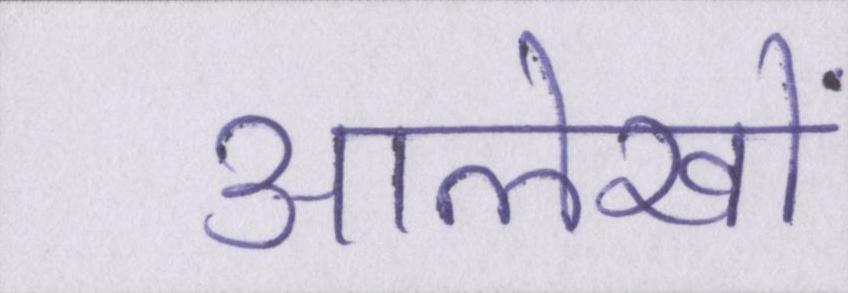
आलेखों